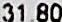
31.80